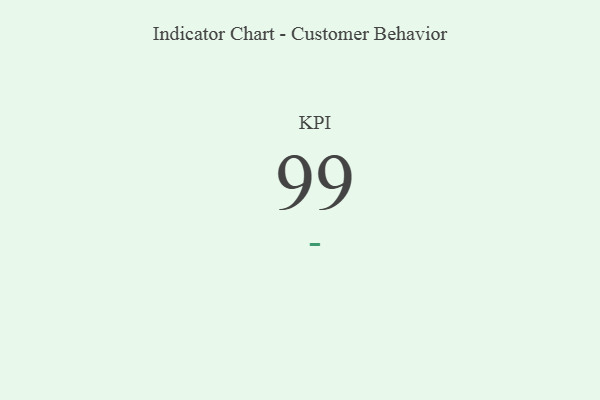
{"axis": {"x": "KPI", "y": "Value"}, "legend": [""], "data": [{"x": "KPI", "y": 99, "type": ""}]}